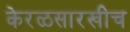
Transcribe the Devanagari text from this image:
केरळसारखीच